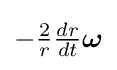
\textstyle -{\frac {2}{r}}{\frac {dr}{dt}}{\boldsymbol {\omega }}